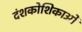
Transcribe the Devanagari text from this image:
दंशकोशिकाओं